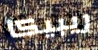
ريبيكا